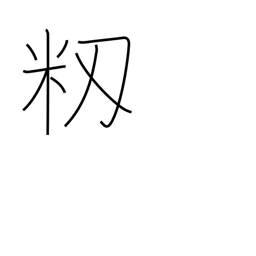
Meaning: unhulled rice